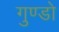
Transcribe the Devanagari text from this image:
गुण्डो